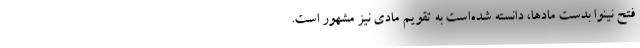
فتح نینوا بدست مادها، دانسته شده‌است به تقویم مادی نیز مشهور است.